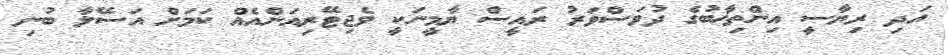
އަދި ރިޔާސީ އިންތިޚާބުގެ ދުވަސްވަރު ރައީސް ޔާމީނަކީ ވެޖިޓޭރިއަންއެއް ކަމަށް އަސޭލާ ބުނި